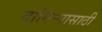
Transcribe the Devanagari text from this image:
दागिन्यासाठी